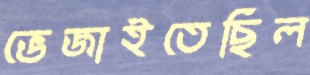
ভেজাইতেছিল